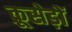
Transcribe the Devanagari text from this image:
क्रूसेड़ों